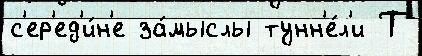
с'ер'ед'и́н'е за́мыслы тунн'е́л'и Т